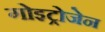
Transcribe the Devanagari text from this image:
गोइट्रोजेन